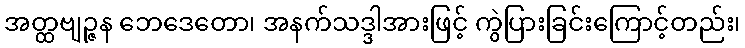
အတ္ထဗျဉ္ဇန ဘေဒေတော၊ အနက်သဒ္ဒါအားဖြင့် ကွဲပြားခြင်းကြောင့်တည်း၊